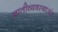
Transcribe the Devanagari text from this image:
जातीव्यवस्थाअंत